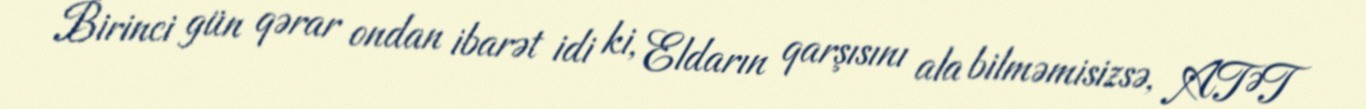
Birinci gün qərar ondan ibarət idi ki, Eldarın qarşısını ala bilməmisizsə, ATƏT